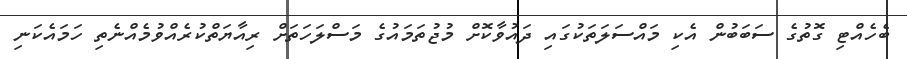
ބެހެއްޓި ގޮތުގެ ސަބަބުން އެކި މައްސަލަތަކުގައި ދައުވާކޮށް މުޖުތަމައުގެ މަސްލަހަތަށް ރިއާޔަތްކުރެއްވުމެއްނެތި ހަމައެކަނި